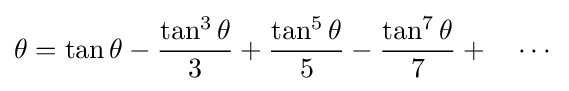
\theta =\tan \theta -{\frac {\tan ^{3}\theta }{3}}+{\frac {\tan ^{5}\theta }{5}}-{\frac {\tan ^{7}\theta }{7}}+\quad \cdots